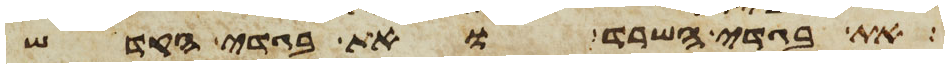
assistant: את בגדי השרד ואת בגדי הקדש